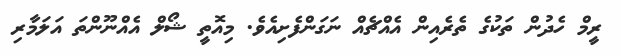
ރީމް ހެދުން ތަކުގެ ތެރެއިން އެއްޗެއް ނަގަންފެށިއެވެ. މިއޮތީ ޝޯލް އެއްނޫންތަ އަލަމާރި